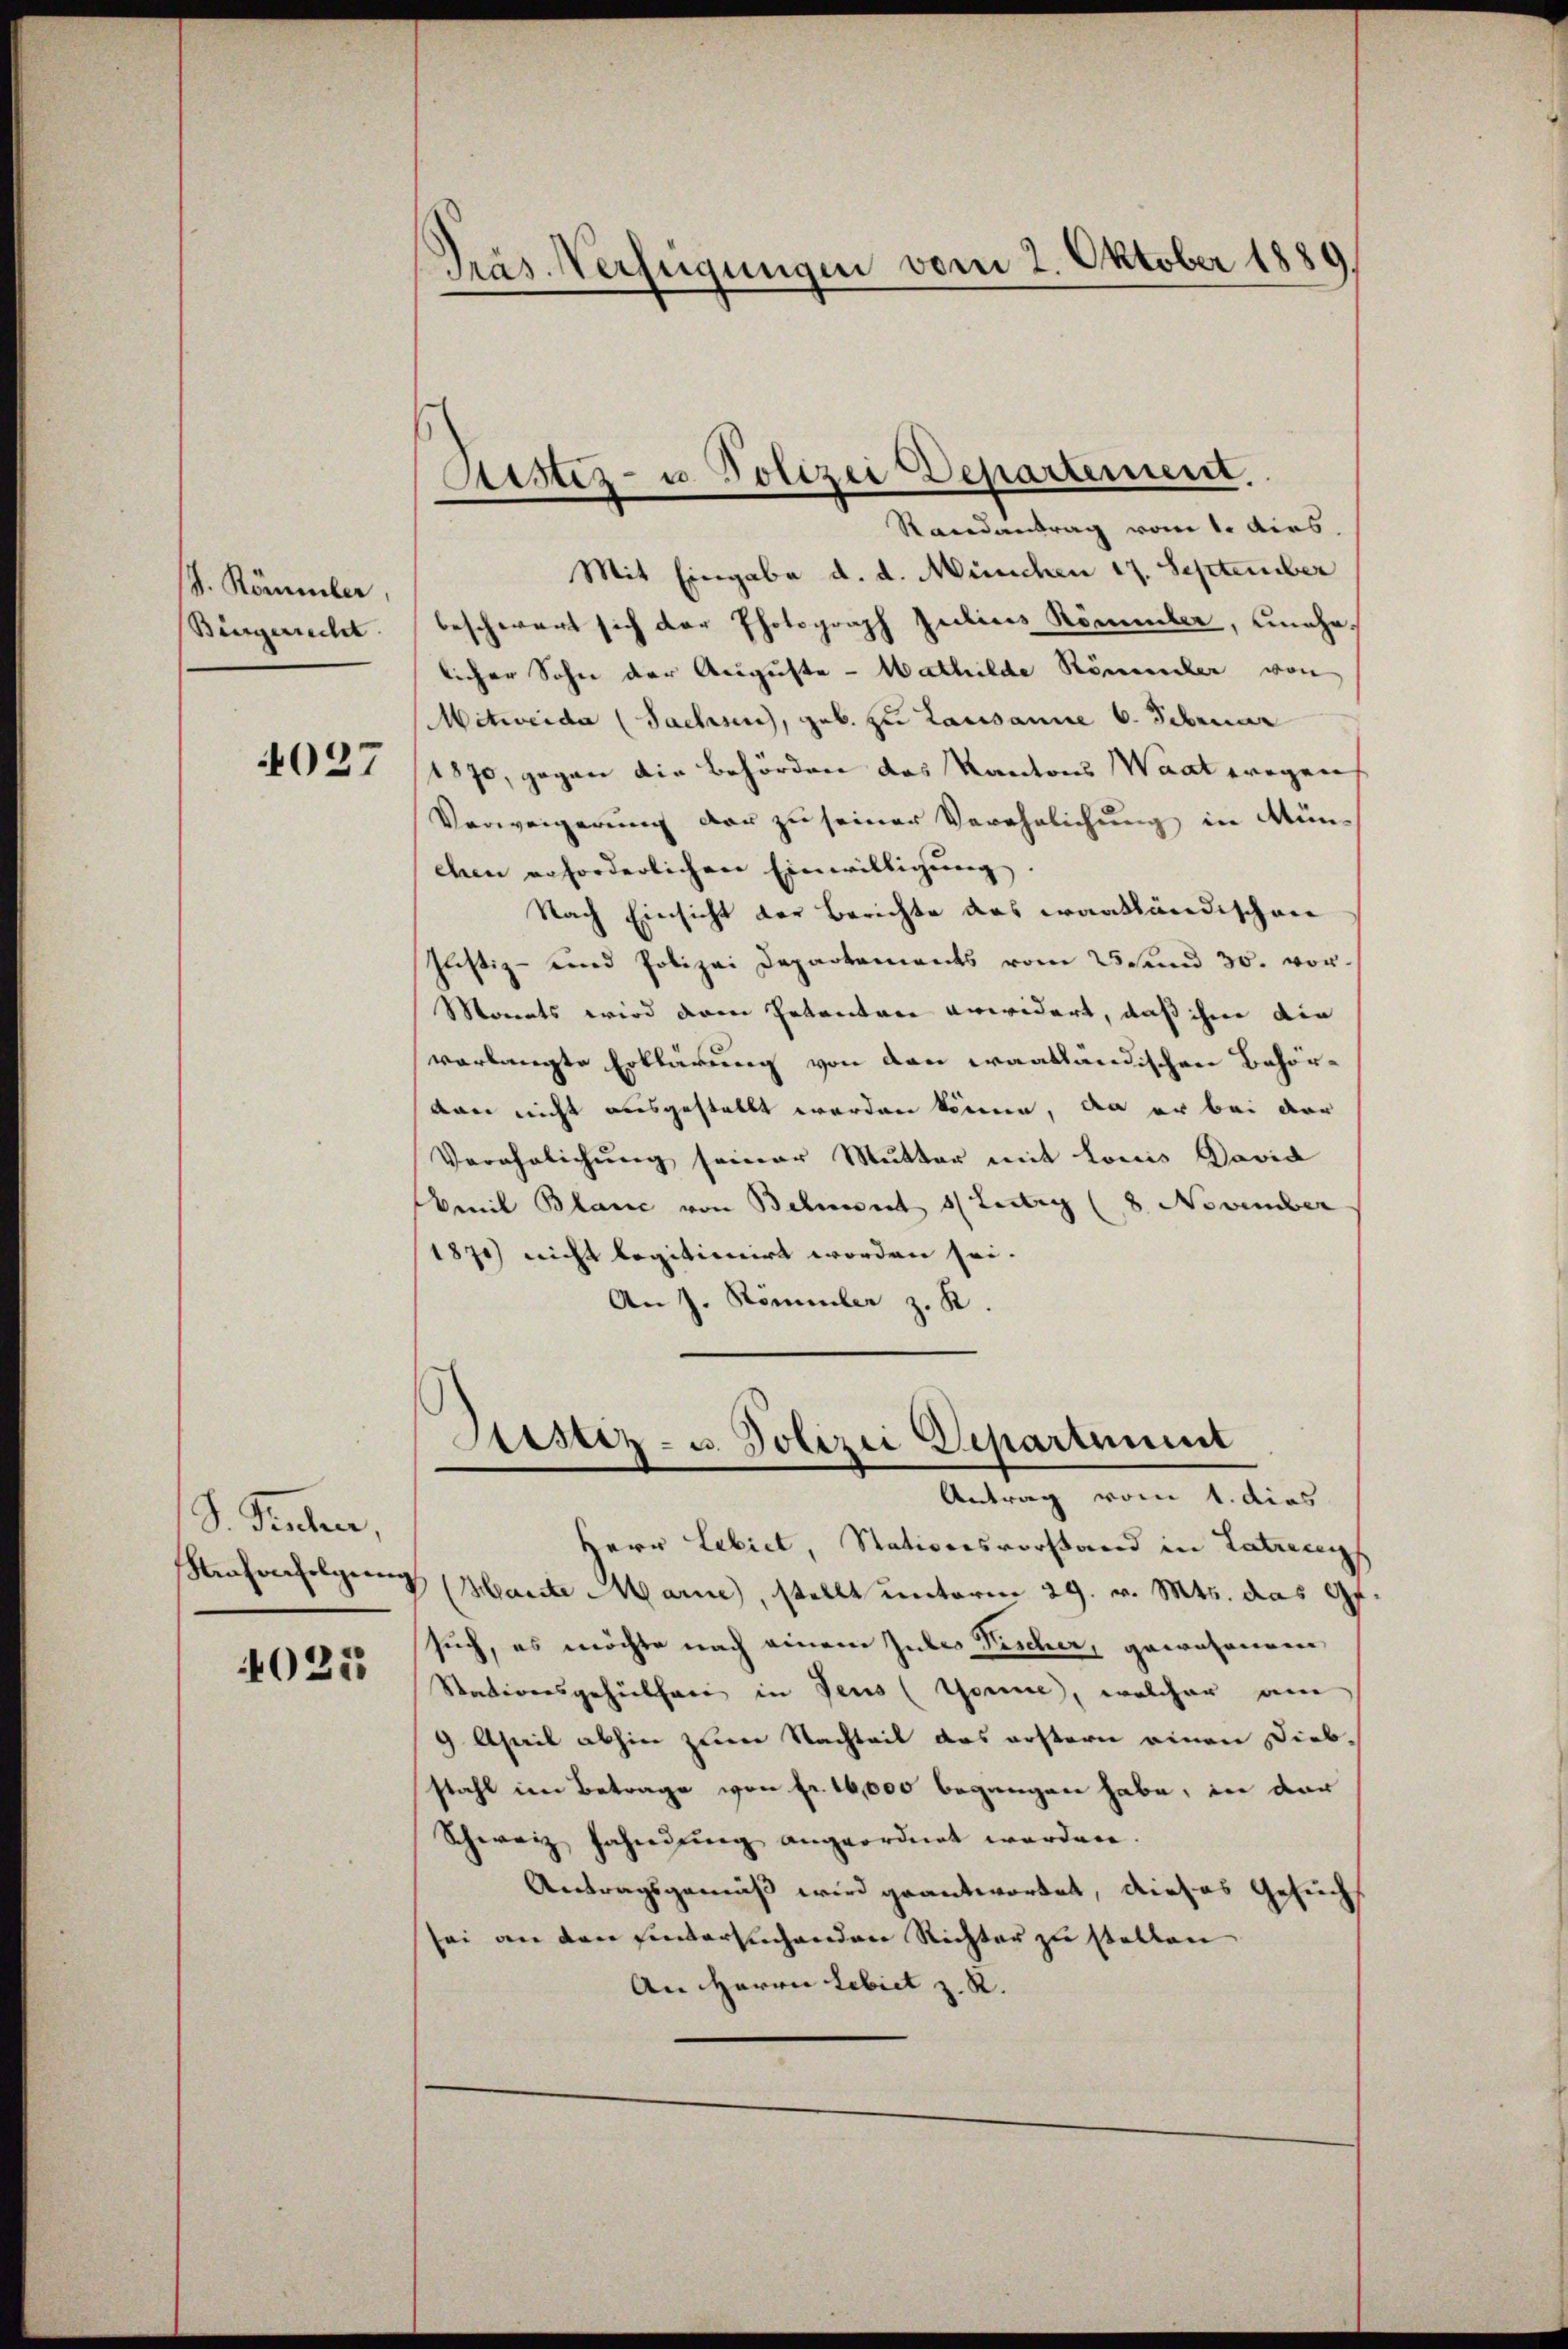
8. Kömmler,
Bürgerrecht.

4027

8. Feucher,
Kanhoefolgung

4025

Präs. Verfügungen vom 2. Oktober 1889

Sistiz- u. Polizei Departement.
Randantrag vom 1. dies

Mit Eingabe d. d. München 17. September
beschwert sich der Photograph Julius kömmler, unehelicher Sohn der Auguste - Wathilde Römmler von
Mitweide (Sachsen, geb. zu Lausanne 6. Februar
1870, gegen die Behörden das Kantons Waat wegen
Verweigerung der zu seiner Verehrlichung in Mün-
ehen erforderlichen Einwilligung.
Nach Einsicht der Berichte das waadländischen
Justiz- und Polizei Departements vom 25sten 30. vor¬
Monats wird dann Petentare erwidert, daß ihne die
verlangte Erklärung von den waatländischen Behör-
van nicht ausgestellt werden könne, da er bei der
Verehrlichŭng seiner Mutter mit Louis David
Amnil Blanc von Beleist (Lestig (8. November
1870) nicht legitionirt worden sei.
An J. Kommler z. R.

Sistiz- u. Polizei Departement
Antrag vom 1. dies

Herr Lebiet, Stationsvorstand in Latrec
(Maiste Marie, stellt unterm 29. v. Mts. das Gf.
such, es möchte nach einem Gutes Fischer, gewohnen
Stationsgehülfer in Feus (Gönne, welcher am
9 April abhin zum Nachteil das erstern einen Diebstahl im Betrage von Fr. 16,000 begangen habe, in der
Schweiz Fahndung angeordnet werden
Antragsgemäß wird geantwortet, dieses Gesuch
sei an den Eintersuchenden Richter zu stellen
An Herrn Lebiet z. R.